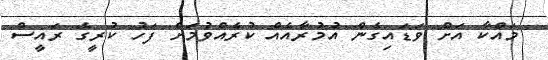
މައްކާ އަށް ވަޑައިގެން އުމުރާއެއް ކުރެއްވުމަށް ފަހު ކުރީގެ ރައީސް